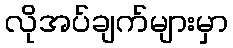
လိုအပ်ချက်များမှာ